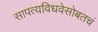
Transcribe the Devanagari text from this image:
सापत्यविधवेसोबतचं